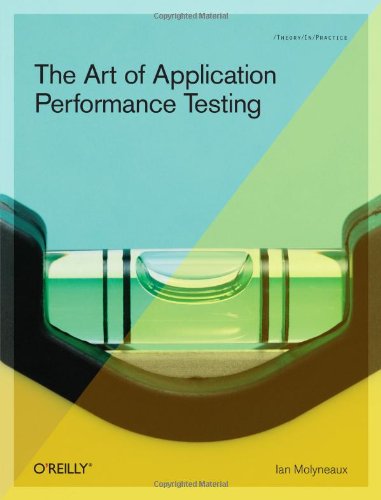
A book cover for The Art of Application Performance Testing: Help for Programmers and Quality Assurance; Ian Molyneaux; Test Preparation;